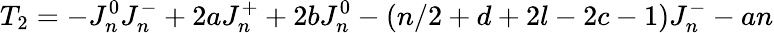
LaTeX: T_{2}=-J_{n}^{0}J_{n}^{-}+2aJ_{n}^{+}+2bJ_{n}^{0}-(n/2+d+2l-2c-1)J_{n}^{-}-an